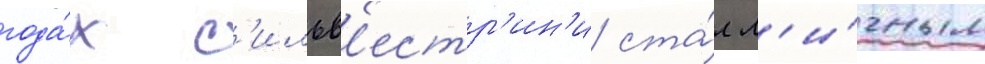
года́х с'ильв'естр'ин'и ста́л л'и́чным